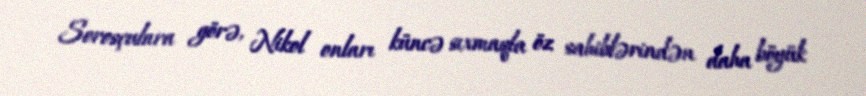
Sorosçulara görə, Nikol onları küncə sıxmaqla öz sahiblərindən daha böyük